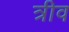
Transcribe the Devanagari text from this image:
त्रीव